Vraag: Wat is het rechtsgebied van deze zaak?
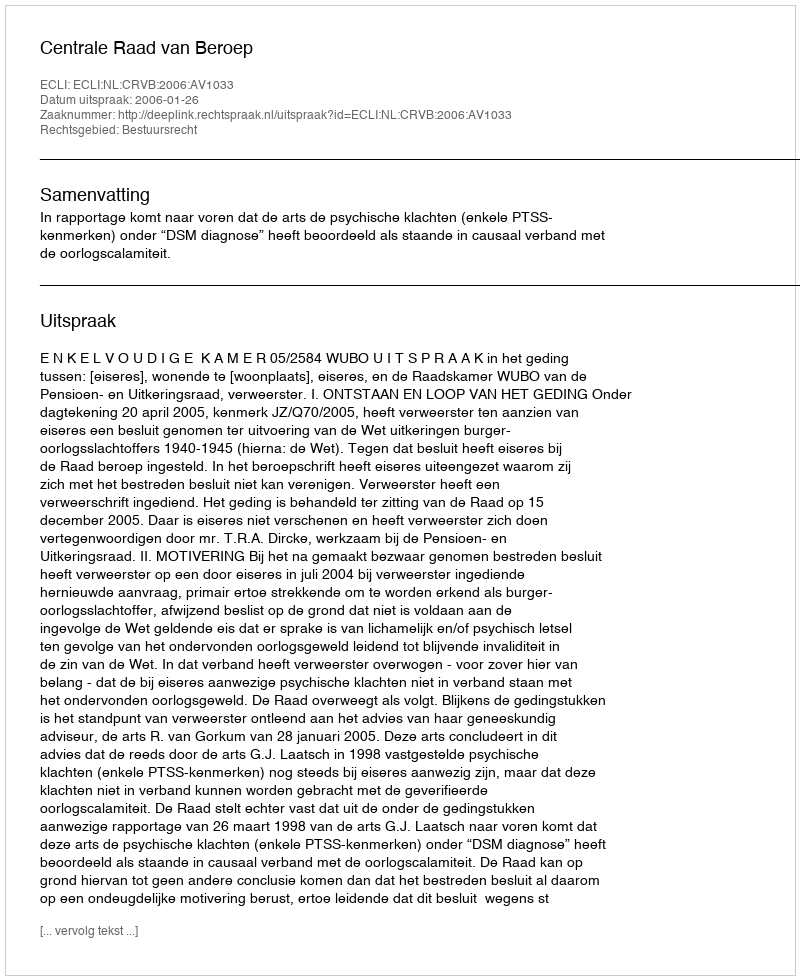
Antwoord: Bestuursrecht